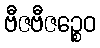
ဗီဇဗီဇဉ္စေဝ